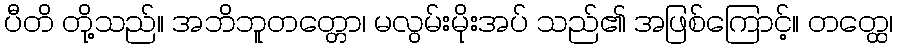
ပီတိ တို့သည်။ အဘိဘူတတ္တော၊ မလွမ်းမိုးအပ် သည်၏ အဖြစ်ကြောင့်။ တတ္ထေ၊